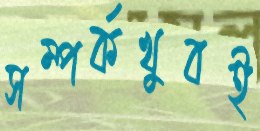
সম্পর্কখুবই